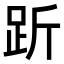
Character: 𧿧